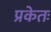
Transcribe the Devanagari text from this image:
प्रकेतः